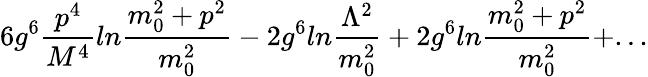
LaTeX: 6g^{6}{\frac{p^{4}}{M^{4}}}ln{\frac{m_{0}^{2}+p^{2}}{m_{0}^{2}}}-2g^{6}ln{\frac{\Lambda^{2}}{m_{0}^{2}}}+2g^{6}ln{\frac{m_{0}^{2}+p^{2}}{m_{0}^{2}}}+...